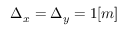
\Delta _ { x } = \Delta _ { y } = 1 [ m ]